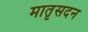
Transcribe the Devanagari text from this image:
मातृसदन